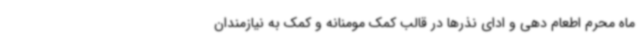
ماه محرم اطعام دهی و ادای نذرها در قالب کمک مومنانه و کمک به نیازمندان